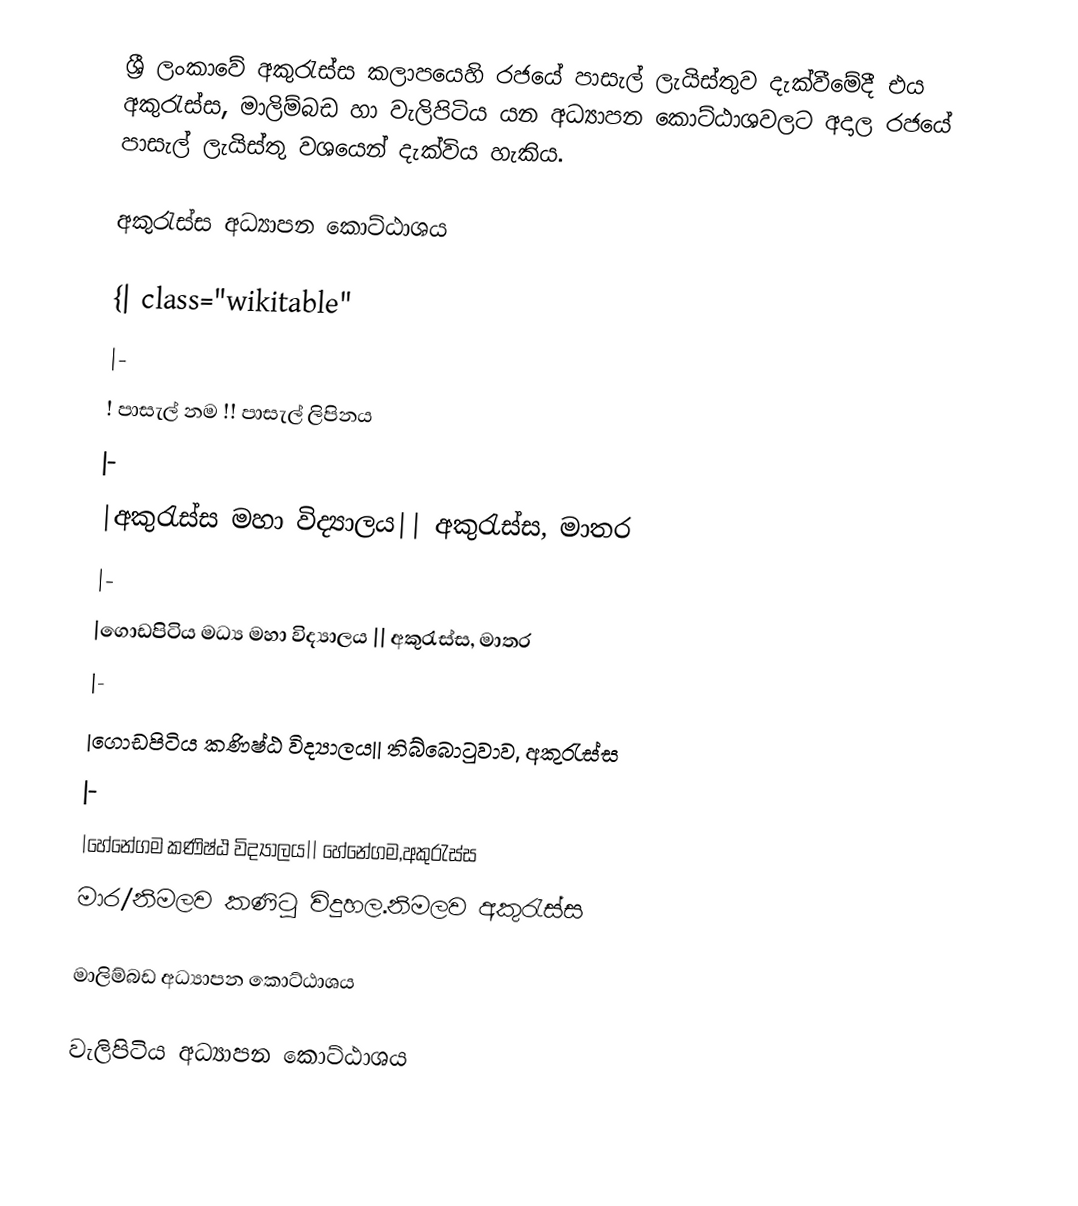
ශ්‍රී ලංකාවේ අකුරැස්ස කලාපයෙහි රජයේ පාසැල් ලැයිස්තුව  දැක්වීමේදී  එය අකුරැස්ස, මාලිම්බඩ හා වැලිපිටිය යන අධ්‍යාපන කොට්ඨාශවලට අදාල රජයේ පාසැල් ලැයිස්තු වශයෙන් දැක්විය හැකිය.

අකුරැස්ස අධ්‍යාපන කොට්ඨාශය

{| class="wikitable"
|-
! පාසැල් නම !! පාසැල් ලිපිනය
|-
|අකුරැස්ස මහා විද්‍යාලය|| අකුරැස්ස, මාතර
|-
|ගොඩපිටිය මධ්‍ය මහා විද්‍යාලය || අකුරැස්ස, මාතර
|-
|ගොඩපිටිය කණිෂ්ඨ විද්‍යාලය|| තිබ්බොටුවාව, අකුරැස්ස
|-
|හේනේගම කණිෂ්ඨ විද්‍යාලය|| හේනේගම,අකුරැස්ස
මාර/නිමලව කණිටු විදුහල.නිමලව අකුරැස්ස

මාලිම්බඩ අධ්‍යාපන කොට්ඨාශය

වැලිපිටිය අධ්‍යාපන කොට්ඨාශය